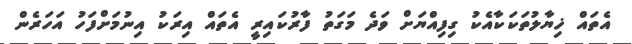
އެތައް ޚިޔާލުތަކަކާއެކު ގިފިއްޔަށް ވަދެ މަގަތު ފާރުކައިރީ އެތައް އިރަކު އިނުމަށްފަހު އަހަރެން